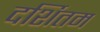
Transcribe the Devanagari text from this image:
दर्शितम